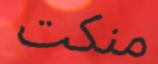
منكت